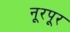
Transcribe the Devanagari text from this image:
नूरपूर